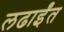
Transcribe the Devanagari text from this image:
लढाईंत